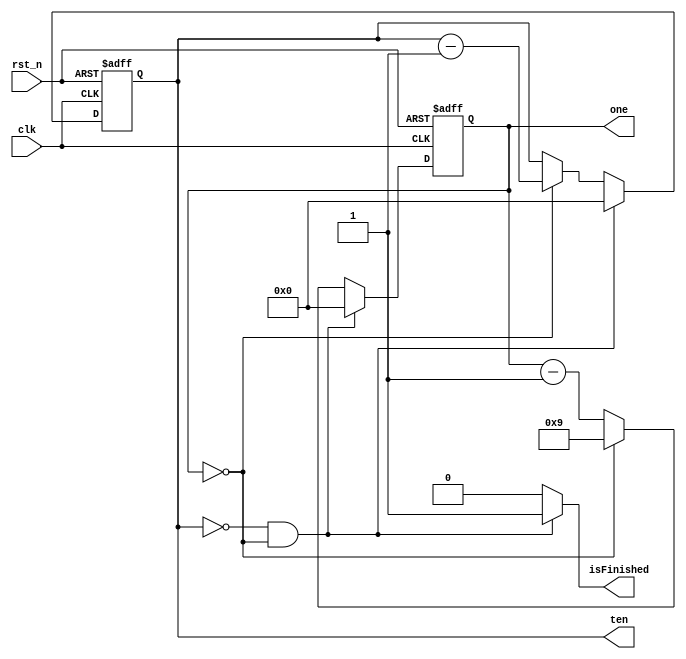
`timescale 1ns / 1ps
//////////////////////////////////////////////////////////////////////////////////
// Company: 
// Engineer: 
// 
// Design Name: 
// Module Name:    Timer 
// Project Name: 
// Target Devices: 
// Tool versions: 
// Description: 
//
// Dependencies: 
//
// Revision: 
// Revision 0.01 - File Created
// Additional Comments: 
//
//////////////////////////////////////////////////////////////////////////////////
module Timer(
		output reg [3:0]ten,
		output reg [3:0]one,
		output isFinished,
		input clk,
		input rst_n
    );

	reg [3:0] next_ten, next_one;
	always @(posedge clk or negedge rst_n) begin
		if (!rst_n) begin
			ten <= 4'd3;
			one <= 4'd0;
		end else begin
			ten <= next_ten;
			one <= next_one;
		end
	end

	always @(*) begin
		if (ten == 4'd0 && one == 4'd0) begin
			next_ten = 4'd0;
			next_one = 4'd0;
		end else begin
			if (one == 4'd0) begin
				next_ten = ten - 4'd1;
				next_one = 4'd9;
			end else begin
				next_ten = ten;
				next_one = one - 4'd1;
			end
		end
	end
	
	assign isFinished = (ten == 4'd0 && one == 4'd0)?1:0;
endmodule